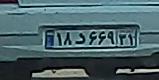
۱۸د۶۶۹۳۱